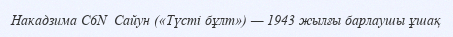
Накадзима C6N  Сайун («Түсті бұлт») — 1943 жылғы барлаушы ұшақ